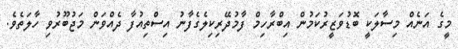
މީގެ އަނެއް މިސާލަކީ ބޮޑުވަޒީރުކަމުން އިބްރާހިމް ފާމުދޭރިކިލެގެފާނު އިސްތިއުފާ ދެއްވަން މަޖުބޫރުވި ހާލަތެވެ.